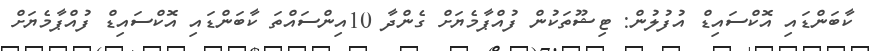
ކާބަންޑައި އޮކްސައިޑް އުފުލުން: ޓިޝޫތަކުން ފުއްޕާމެޔަށް ގެންދާ 10އިންސައްތަ ކާބަންޑައި އޮކްސައިޑް ފުއްޕާމެޔަށް